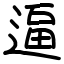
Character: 逼